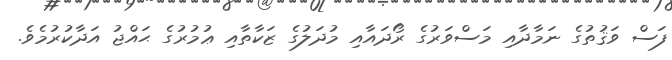
ފަސް ވަޤުތުގެ ނަމާދާއި މަސްވަރުގެ ރޯދައާއި މުދަލުގެ ޒަކާތާއި ޢުމުރުގެ ޙައްޖު އަދާކުުރުމެވެ.